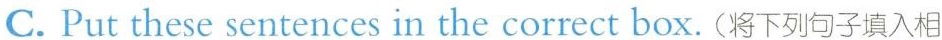
C. Put these sentences in the correct box.(将下列句子填入相